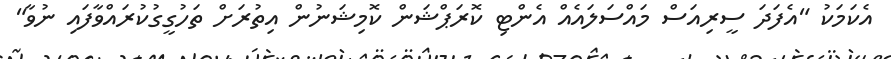
އެކަމަކު "އެފަދަ ސީރިއަސް މައްސަލައެއް އެންޓި ކޮރަޕްޝަން ކޮމިޝަނުން އިތުރަށް ތަހުގީގުކުރައްވާފައި ނުވާ"